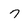
Character: 7